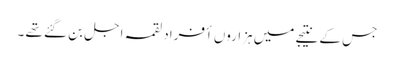
جس کے نتیجے میں ہزاروں أفراد لقمہ اجل بن گئے تھے ۔